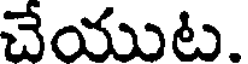
చేయుట.